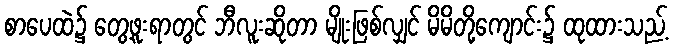
စာပေထဲ၌ တွေ့ဖူးရာတွင် ဘီလူးဆိုတာ မျိုးဖြစ်လျှင် မိမိတို့ကျောင်း၌ ထုထားသည့်